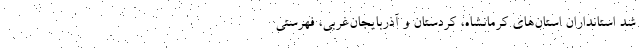
شد استانداران استان‌هاي كرمانشاه، كردستان و آذربايجان‌غربي، فهرستي